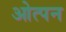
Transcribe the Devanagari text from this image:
ओत्पन